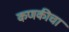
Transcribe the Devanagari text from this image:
कणकीचा